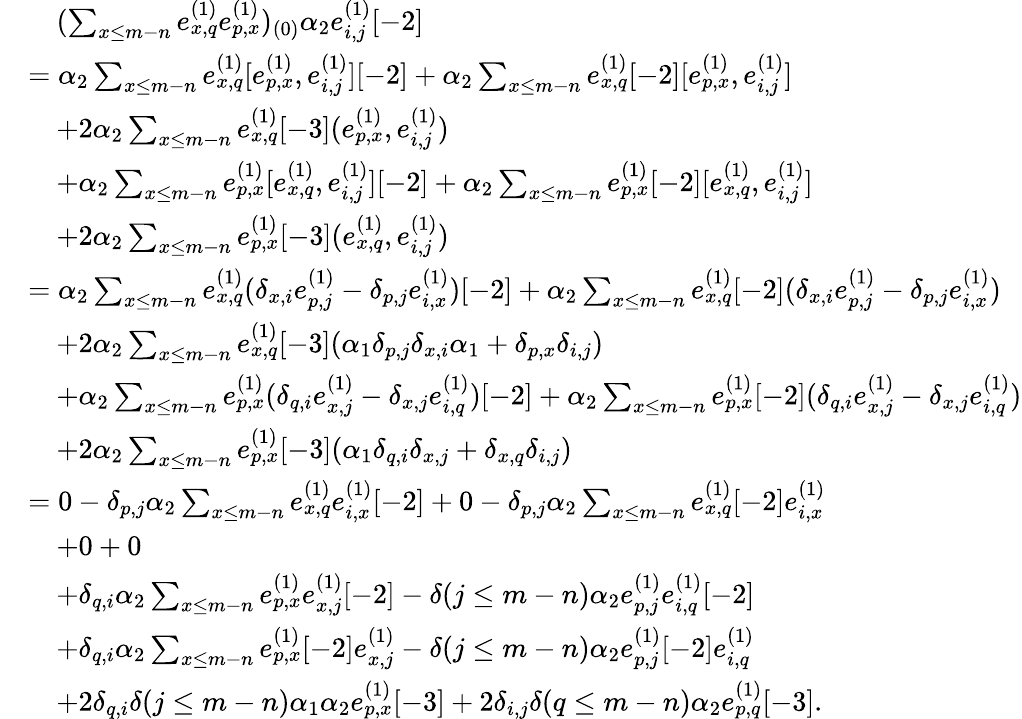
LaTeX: \begin{array}{rl}&{\quad(\sum_{x\leq m-n}e_{x,q}^{(1)}e_{p,x}^{(1)})_{(0)}\alpha_{2}e_{i,j}^{(1)}[-2]}\\ &{=\alpha_{2}\sum_{x\leq m-n}e_{x,q}^{(1)}[e_{p,x}^{(1)},e_{i,j}^{(1)}][-2]+\alpha_{2}\sum_{x\leq m-n}e_{x,q}^{(1)}[-2][e_{p,x}^{(1)},e_{i,j}^{(1)}]}\\ &{\quad+2\alpha_{2}\sum_{x\leq m-n}e_{x,q}^{(1)}[-3](e_{p,x}^{(1)},e_{i,j}^{(1)})}\\ &{\quad+\alpha_{2}\sum_{x\leq m-n}e_{p,x}^{(1)}[e_{x,q}^{(1)},e_{i,j}^{(1)}][-2]+\alpha_{2}\sum_{x\leq m-n}e_{p,x}^{(1)}[-2][e_{x,q}^{(1)},e_{i,j}^{(1)}]}\\ &{\quad+2\alpha_{2}\sum_{x\leq m-n}e_{p,x}^{(1)}[-3](e_{x,q}^{(1)},e_{i,j}^{(1)})}\\ &{=\alpha_{2}\sum_{x\leq m-n}e_{x,q}^{(1)}(\delta_{x,i}e_{p,j}^{(1)}-\delta_{p,j}e_{i,x}^{(1)})[-2]+\alpha_{2}\sum_{x\leq m-n}e_{x,q}^{(1)}[-2](\delta_{x,i}e_{p,j}^{(1)}-\delta_{p,j}e_{i,x}^{(1)})}\\ &{\quad+2\alpha_{2}\sum_{x\leq m-n}e_{x,q}^{(1)}[-3](\alpha_{1}\delta_{p,j}\delta_{x,i}\alpha_{1}+\delta_{p,x}\delta_{i,j})}\\ &{\quad+\alpha_{2}\sum_{x\leq m-n}e_{p,x}^{(1)}(\delta_{q,i}e_{x,j}^{(1)}-\delta_{x,j}e_{i,q}^{(1)})[-2]+\alpha_{2}\sum_{x\leq m-n}e_{p,x}^{(1)}[-2](\delta_{q,i}e_{x,j}^{(1)}-\delta_{x,j}e_{i,q}^{(1)})}\\ &{\quad+2\alpha_{2}\sum_{x\leq m-n}e_{p,x}^{(1)}[-3](\alpha_{1}\delta_{q,i}\delta_{x,j}+\delta_{x,q}\delta_{i,j})}\\ &{=0-\delta_{p,j}\alpha_{2}\sum_{x\leq m-n}e_{x,q}^{(1)}e_{i,x}^{(1)}[-2]+0-\delta_{p,j}\alpha_{2}\sum_{x\leq m-n}e_{x,q}^{(1)}[-2]e_{i,x}^{(1)}}\\ &{\quad+0+0}\\ &{\quad+\delta_{q,i}\alpha_{2}\sum_{x\leq m-n}e_{p,x}^{(1)}e_{x,j}^{(1)}[-2]-\delta(j\leq m-n)\alpha_{2}e_{p,j}^{(1)}e_{i,q}^{(1)}[-2]}\\ &{\quad+\delta_{q,i}\alpha_{2}\sum_{x\leq m-n}e_{p,x}^{(1)}[-2]e_{x,j}^{(1)}-\delta(j\leq m-n)\alpha_{2}e_{p,j}^{(1)}[-2]e_{i,q}^{(1)}}\\ &{\quad+2\delta_{q,i}\delta(j\leq m-n)\alpha_{1}\alpha_{2}e_{p,x}^{(1)}[-3]+2\delta_{i,j}\delta(q\leq m-n)\alpha_{2}e_{p,q}^{(1)}[-3].}\end{array}